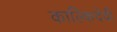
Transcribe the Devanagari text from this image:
काल्किदेवी